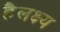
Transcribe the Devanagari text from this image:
हैलक्ष्य